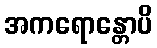
အကရောန္တောပိ